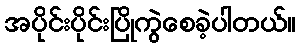
အပိုင်းပိုင်းပြိုကွဲစေခဲ့ပါတယ်။